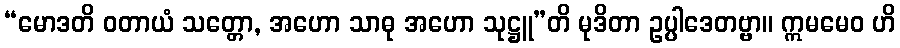
“မောဒတိ ဝတာယံ သတ္တော, အဟော သာဓု အဟော သုဋ္ဌူ”တိ မုဒိတာ ဥပ္ပါဒေတဗ္ဗာ။ ဣမမေဝ ဟိ